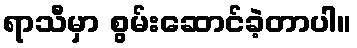
ရာသီမှာ စွမ်းဆောင်ခဲ့တာပါ။